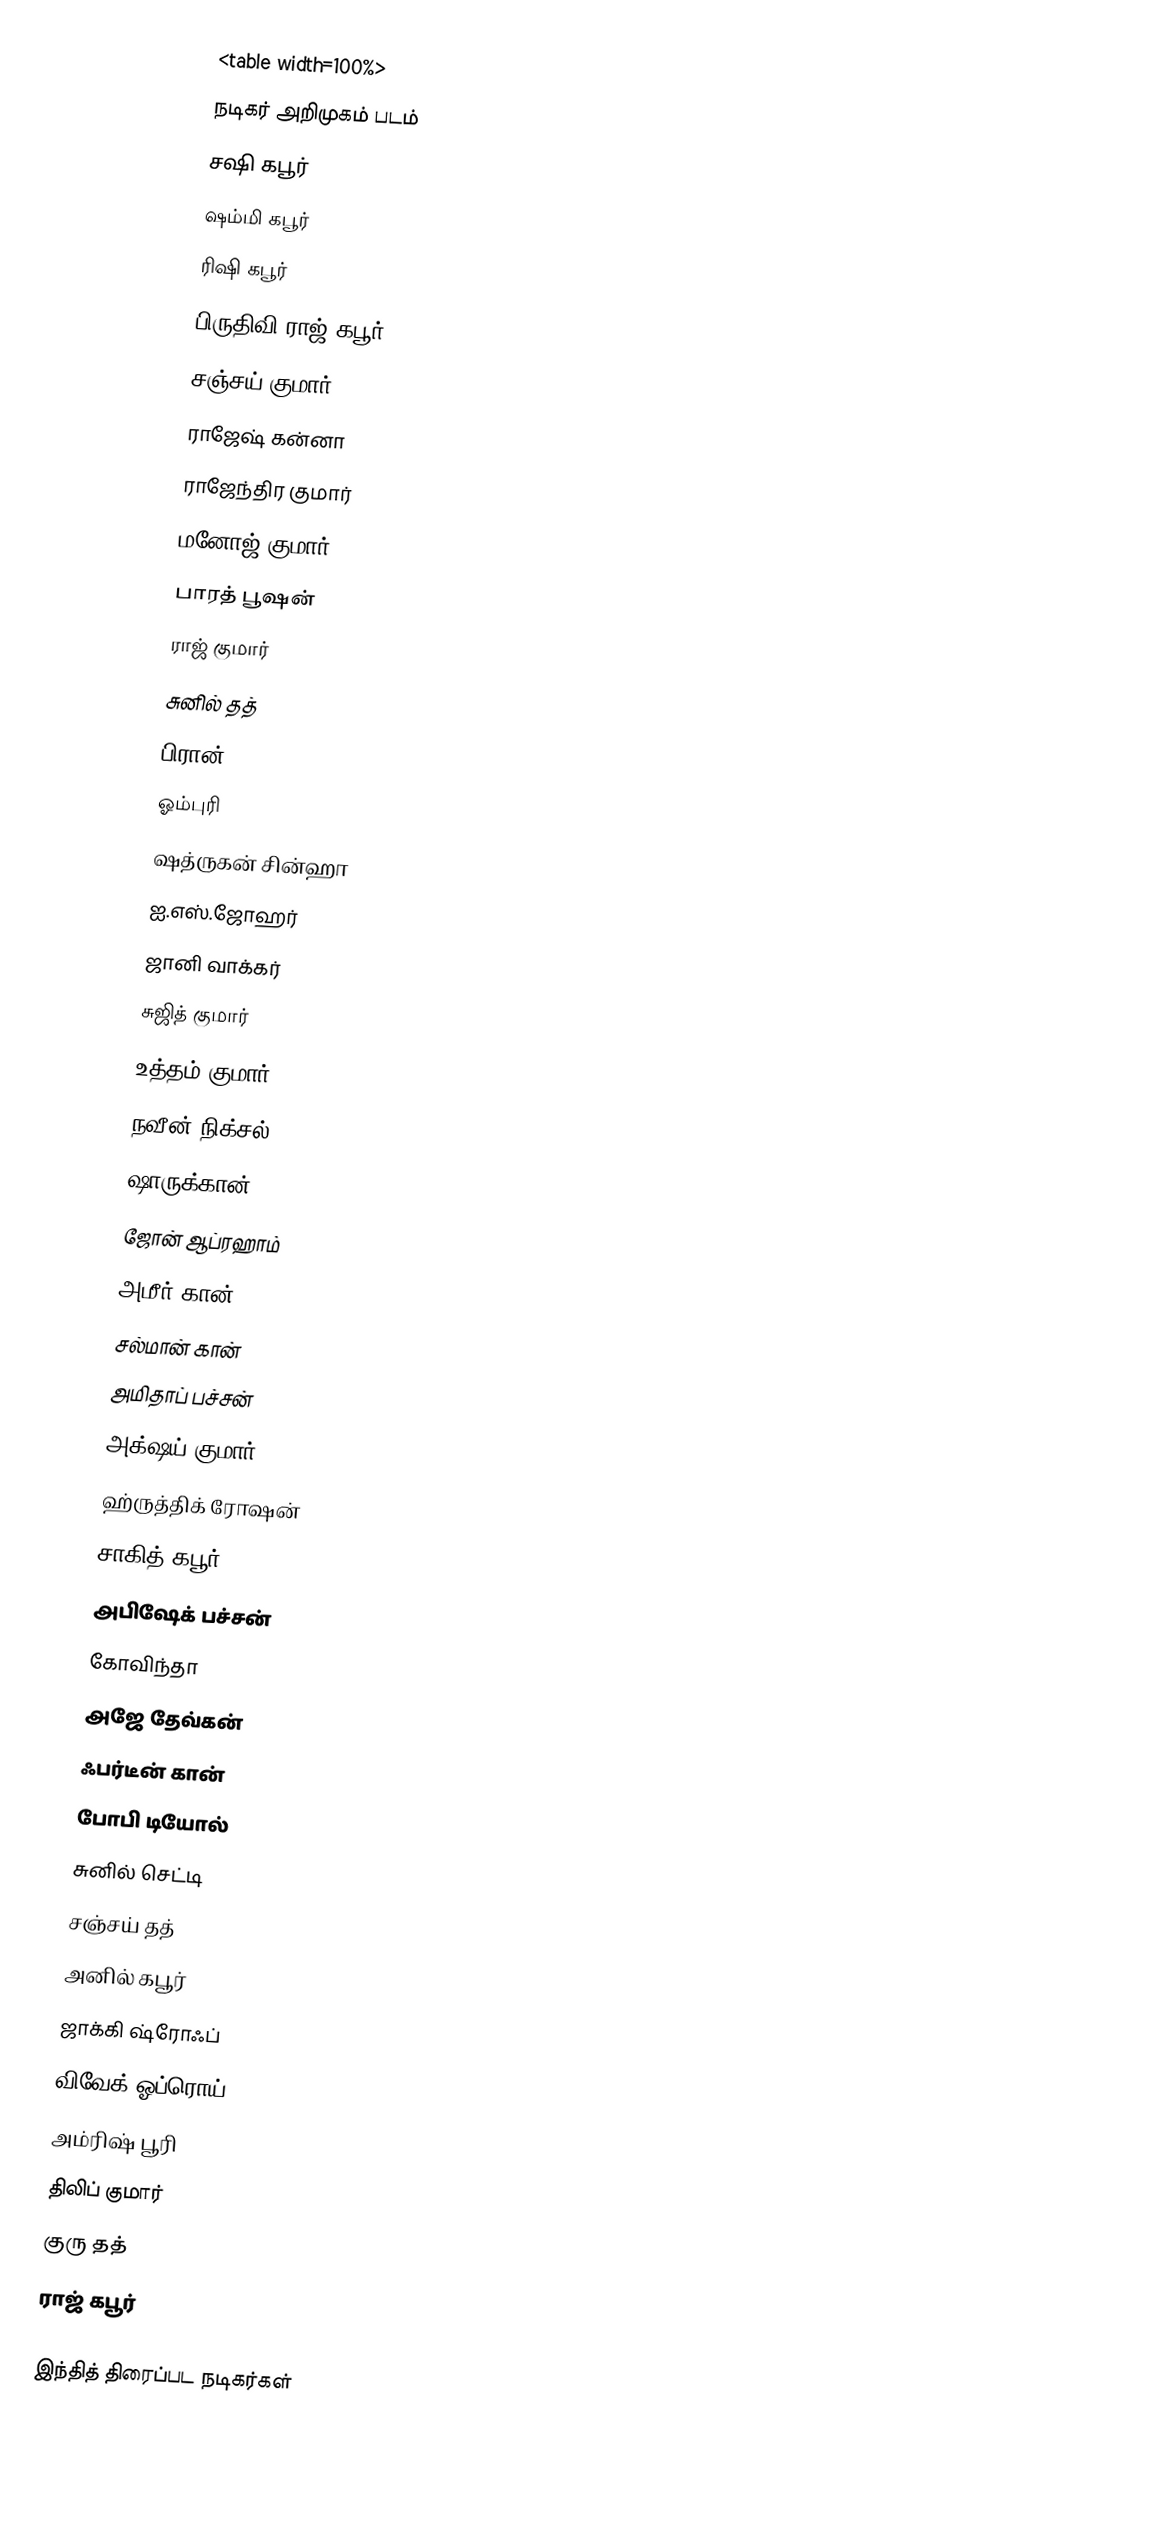
<table width=100%>
நடிகர் அறிமுகம் படம்
சஷி கபூர்
ஷம்மி கபூர்
ரிஷி கபூர்
பிருதிவி ராஜ் கபூர்
சஞ்சய் குமார்
ராஜேஷ் கன்னா
ராஜேந்திர குமார்
மனோஜ் குமார்
பாரத் பூஷன்
ராஜ் குமார்
சுனில் தத்
பிரான்
ஓம்புரி
ஷத்ருகன் சின்ஹா
ஐ.எஸ்.ஜோஹர்
ஜானி வாக்கர்
சுஜித் குமார்
உத்தம் குமார்
நவீன் நிக்சல்
ஷாருக்கான்
ஜோன் ஆப்ரஹாம்
அமீர் கான்
சல்மான் கான்
அமிதாப் பச்சன்
அக்ஷய் குமார்
ஹ்ருத்திக் ரோஷன்
சாகித் கபூர்
அபிஷேக் பச்சன்
கோவிந்தா
அஜே தேவ்கன்
ஃபர்டீன் கான்
போபி டியோல்
சுனில் செட்டி
சஞ்சய் தத்
அனில் கபூர்
ஜாக்கி ஷ்ரோஃப்
விவேக் ஓப்ரொய்
அம்ரிஷ் பூரி
திலிப் குமார்
குரு தத்
ராஜ் கபூர்

இந்தித் திரைப்பட நடிகர்கள்